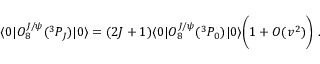
\langle 0 | { \cal O } _ { 8 } ^ { J / \psi } ( { } ^ { 3 } P _ { J } ) | 0 \rangle = ( 2 J + 1 ) \langle 0 | { \cal O } _ { 8 } ^ { J / \psi } ( { } ^ { 3 } P _ { 0 } ) | 0 \rangle \bigg ( 1 + O ( v ^ { 2 } ) \bigg ) \; .